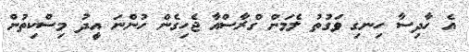
އެ ހާދިސާ ހިނގި ވަގުތު ލެމަން ގްރާސްއާ ޖެހިގެން ހުންނަ އީދު މިސްކިތުން